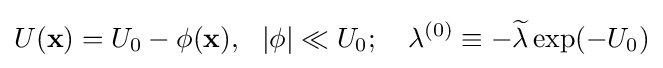
{U}({\bf {x}})={U}_{0}-\phi ({\bf {x}}),~~|{\phi }|\ll {U}_{0};~~~\lambda ^{(0)}\equiv -{\widetilde {\lambda }}\exp(-U_{0})